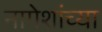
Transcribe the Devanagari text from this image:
नागेशांच्या